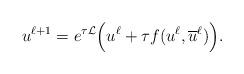
LaTeX: \begin{align*}u^{\ell+1}= e^{\tau \mathcal{L}} \Big( u^\ell + \tau f(u^\ell, \overline u^\ell) \Big) .\end{align*}